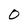
Character: O